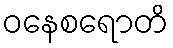
ဝနေစရောတိ